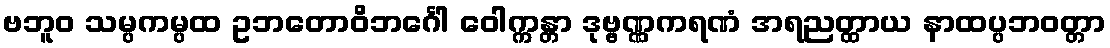
ဗဘူဝ သမ္ပကမ္ပထ ဥဘတောဝိဘင်္ဂေါ ဝေါက္ကန္တာ ဒုဗ္ဗဏ္ဏကရဏံ အရညတ္ထာယ နာထပ္ပဘဝတ္တာ